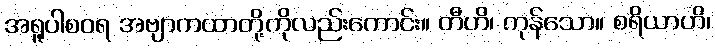
အရူပါစဝရ အဗျာကထာတို့ကိုလည်းကောင်း။ တီဟိ၊ ကုန်သော။ စရိယာဟိ၊